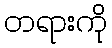
တရားကို